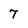
Character: 7